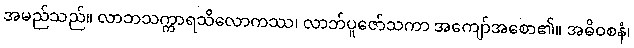
အမည်သည်။ လာဘသက္ကာရသိလောကဿ၊ လာဘ်ပူဇော်သကာ အကျော်အစော၏။ အဓိဝစနံ၊